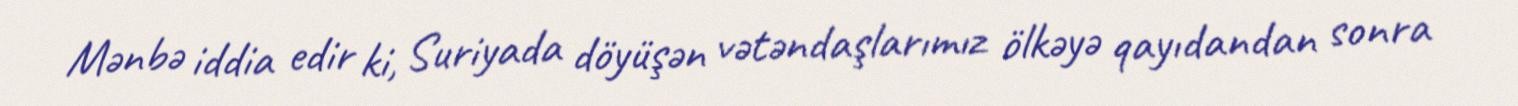
Mənbə iddia edir ki, Suriyada döyüşən vətəndaşlarımız ölkəyə qayıdandan sonra